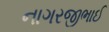
નાગરજીભાઈ